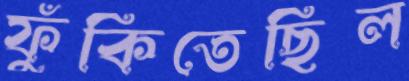
ফুঁকিতেছিল